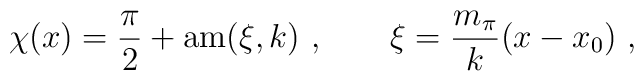
\chi(x) = \frac{\pi}{2} + {\rm am}(\xi,k) \ , \qquad \xi=\frac{m_{\pi}}{k}(x-x_0) \ ,